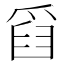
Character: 𤔘